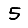
Digit: 5